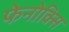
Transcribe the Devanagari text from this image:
फेनोक्सि